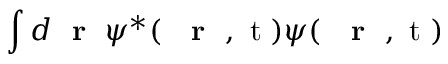
\int d \mathrm { ~ \bf ~ r ~ } \; \psi ^ { * } ( \mathrm { ~ { ~ \bf ~ r ~ } ~ , ~ t ~ } ) \psi ( \mathrm { ~ { ~ \bf ~ r ~ } ~ , ~ t ~ } )